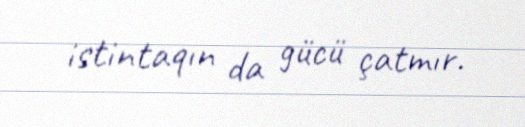
istintaqın da gücü çatmır.